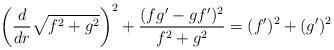
LaTeX: \begin{align*} \left( \frac{d}{dr} \sqrt{ f^2 + g^2 } \right)^2 + \frac{ ( fg' - g f')^2 }{f^2 + g^2} = (f')^2 + (g')^2\end{align*}